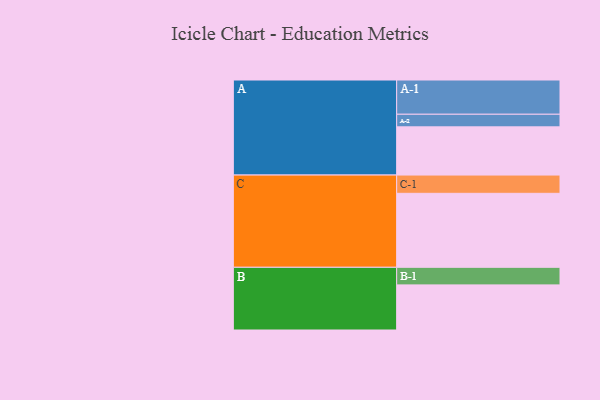
{"axis": {"x": "Segment", "y": "Value"}, "legend": ["", "A", "B", "C"], "data": [{"x": "A", "y": 359, "type": ""}, {"x": "B", "y": 336, "type": ""}, {"x": "C", "y": 551, "type": ""}, {"x": "A-1", "y": 255, "type": "A"}, {"x": "A-2", "y": 94, "type": "A"}, {"x": "B-1", "y": 131, "type": "B"}, {"x": "C-1", "y": 136, "type": "C"}]}